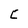
Character: C